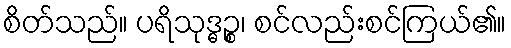
စိတ်သည်။ ပရိသုဒ္ဓဉ္စ၊ စင်လည်းစင်ကြယ်၏။